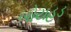
બોયહૂડ